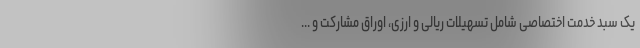
یک سبد خدمت اختصاصی شامل تسهیلات ریالی و ارزی، اوراق مشارکت و ...